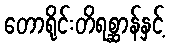
တောရိုင်းတိရစ္ဆာန်နှင့်